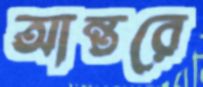
আন্তরে